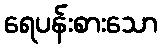
ရေပန်းစားသော